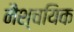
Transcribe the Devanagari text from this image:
नैश्चयिक